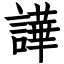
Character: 譁